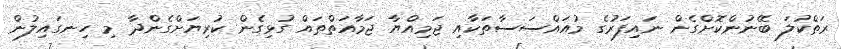
ރަތްކުލަ ބޭނުންކޮށްގެން ނައިފަރުގެ މުއައްސަސާތަކާއި ޖަމިއްޔާ ޖަމާއަތްތައް ގުޅިގެން ކުރިޔަށްގެންދާ މި ހިނގައިލުން